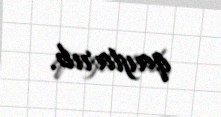
qaytarıb.